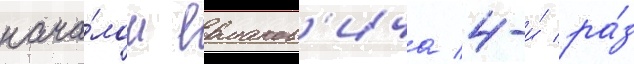
нача́лом ермаков'ича 4-и́ ра́з